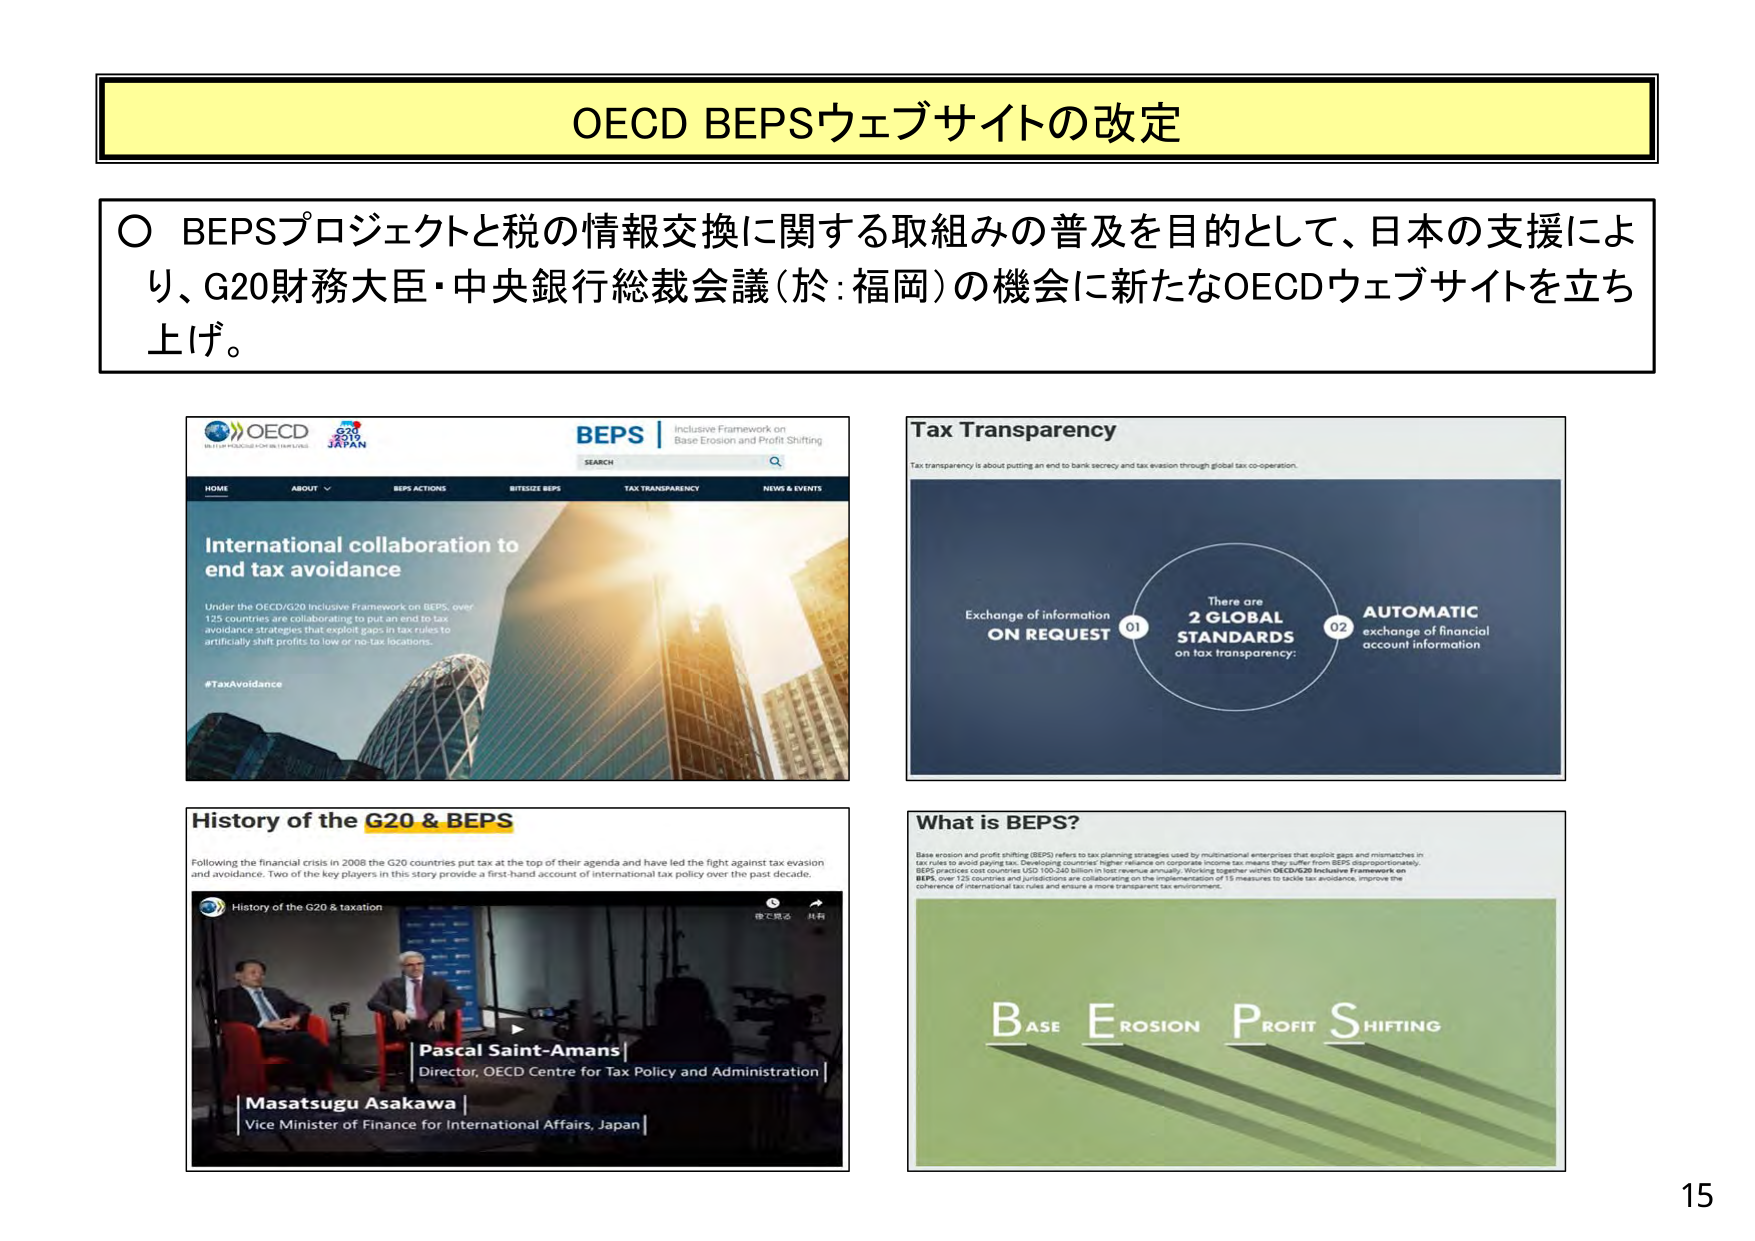
OECD BEPSウェブサイトの改定

○ BEPSプロジェクトと税の情報交換に関する取組みの普及を目的として、日本の支援により、G20財務大臣・中央銀行総裁会議（於：福岡）の機会に新たなOECDウェブサイトを立ち上げ。

OECD
BETTER POLICIES FOR BETTER LIVES
G20
JAPAN
BEPS | Inclusive Framework on Base Erosion and Profit Shifting
SEARCH
HOME ABOUT BEPS ACTIONS BITESIZE BEPS TAX TRANSPARENCY NEWS & EVENTS
International collaboration to end tax avoidance
Under the OECD/G20 Inclusive Framework on BEPS, over 125 countries are collaborating to put an end to tax avoidance strategies that exploit gaps in tax rules to artificially shift profits to low or no-tax locations.
#TaxAvoidance

Tax Transparency
Tax transparency is about putting an end to bank secrecy and tax evasion through global tax co-operation.
Exchange of information ON REQUEST 01
There are 2 GLOBAL STANDARDS on tax transparency:
02 AUTOMATIC exchange of financial account information

History of the G20 & BEPS
Following the financial crisis in 2008 the G20 countries put tax at the top of their agenda and have led the fight against tax evasion and avoidance. Two of the key players in this story provide a first-hand account of international tax policy over the past decade.
History of the G20 & taxation
Pascal Saint-Amans | Director, OECD Centre for Tax Policy and Administration
Masatsugu Asakawa | Vice Minister of Finance for International Affairs, Japan

What is BEPS?
Base erosion and profit shifting (BEPS) refers to tax planning strategies used by multinational enterprises that exploit gaps and mismatches in tax rules to avoid paying tax. Developing countries' higher reliance on corporate income tax means they suffer from BEPS disproportionately. BEPS practices cost countries USD 100-240 billion in lost revenue annually. Working together within OECD/G20 Inclusive Framework on BEPS, over 125 countries and jurisdictions are collaborating on the implementation of 15 measures to tackle tax avoidance, improve the coherence of international tax rules and ensure a more transparent tax environment.
B ASE E ROSION P ROFIT S HIFTING

15